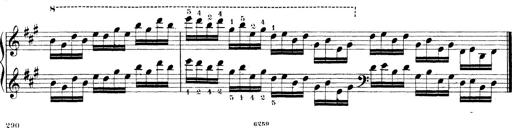
Title: Technische Studien
Composer: Franz Liszt